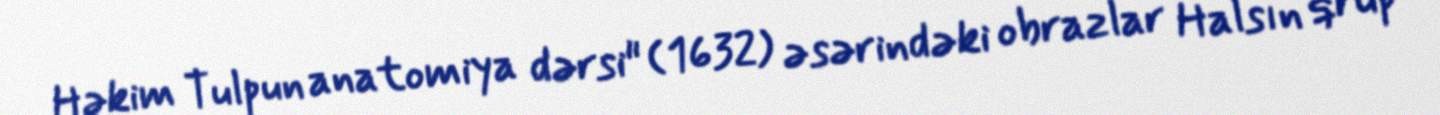
Həkim Tulpun anatomiya dərsi" (1632) əsərindəki obrazlar Halsın qrup